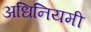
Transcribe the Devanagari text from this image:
अधिनियमी